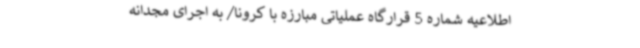
اطلاعیه شماره 5 قرارگاه عملیاتی مبارزه با کرونا/ به اجرای مجدانه